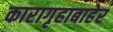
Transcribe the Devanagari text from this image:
कारागृहाबाहेर